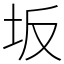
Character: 坂